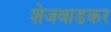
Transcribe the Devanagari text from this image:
शेजवाडकर